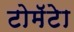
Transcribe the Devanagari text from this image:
टोमॅटेा